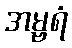
အမ္ဗရံ